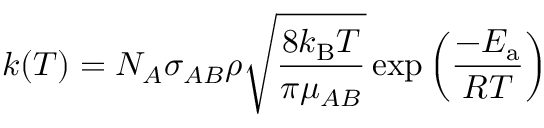
k ( T ) = N _ { A } \sigma _ { A B } \rho { \sqrt { \frac { 8 k _ { \mathrm { B } } T } { \pi \mu _ { A B } } } } \exp \left( { \frac { - E _ { \mathrm { a } } } { R T } } \right)